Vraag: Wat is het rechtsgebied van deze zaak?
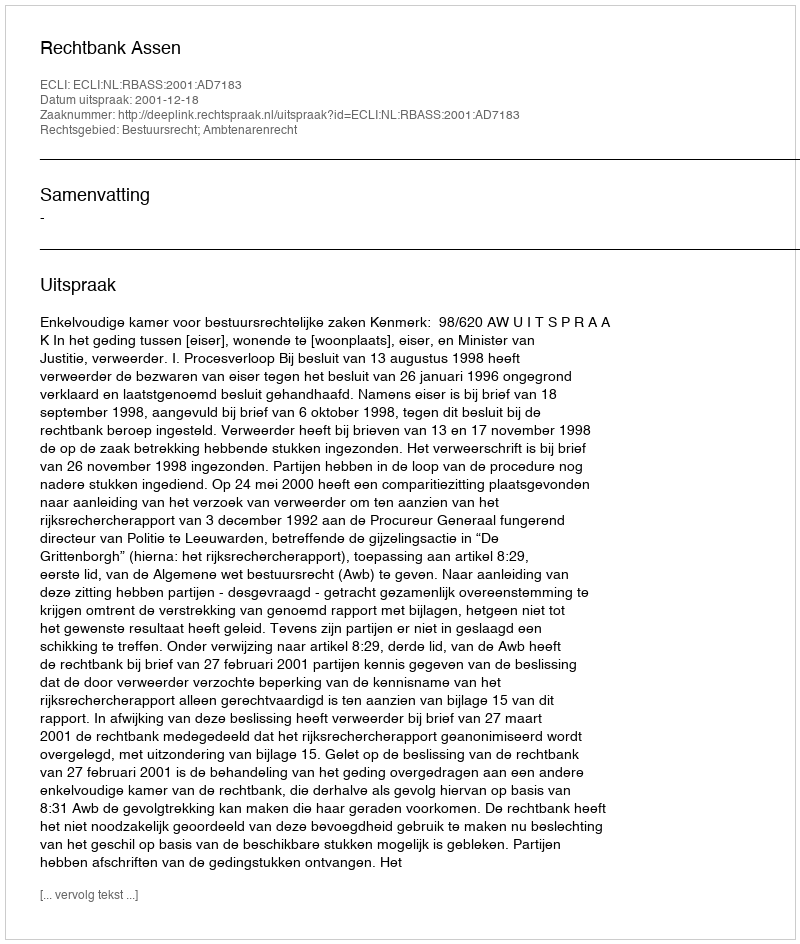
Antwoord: Bestuursrecht; Ambtenarenrecht